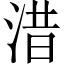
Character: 㳻